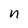
Character: n